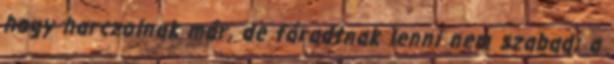
hogy harczolnak már, de fáradtnak lenni nem szabad; a